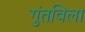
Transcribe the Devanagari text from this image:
गुंतविला